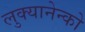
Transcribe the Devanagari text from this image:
लुक्यानेन्को